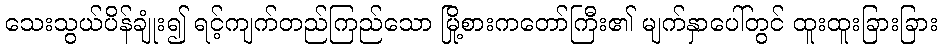
သေးသွယ်ပိန်ချုံး၍ ရင့်ကျက်တည်ကြည်သော မြို့စားကတော်ကြီး၏ မျက်နှာပေါ်တွင် ထူးထူးခြားခြား